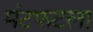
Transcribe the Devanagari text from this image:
मंटफटला